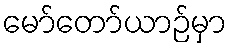
မော်တော်ယာဉ်မှာ